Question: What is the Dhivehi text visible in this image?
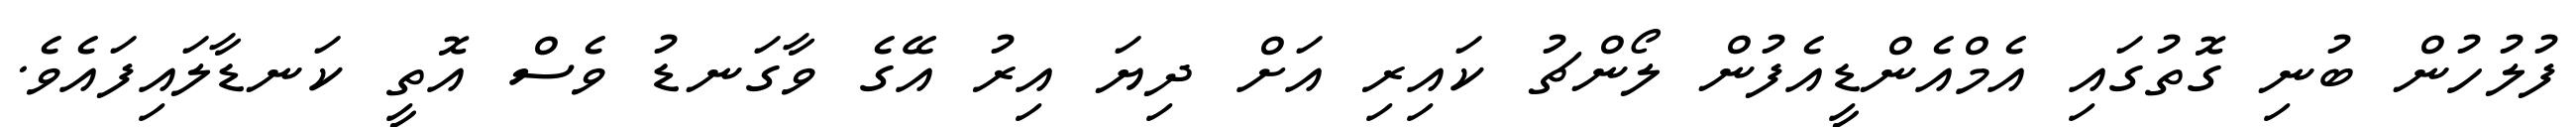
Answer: ފުލުހުން ބުނި ގޮތުގައި އެމްއެންޑީއެފުން ލޯންޗު ކައިރި އަށް ދިޔަ އިރު އޭގެ ވާގަނޑު ވެސް އޮތީ ކަނޑާލައިފައެވެ.